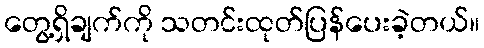
တွေ့ရှိချက်ကို သတင်းထုတ်ပြန်ပေးခဲ့တယ်။